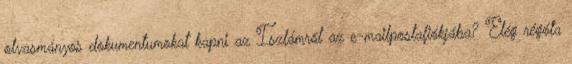
olvasmányos dokumentumokat kapni az Iszlámról az e-mailpostafiókjába? Elég régóta